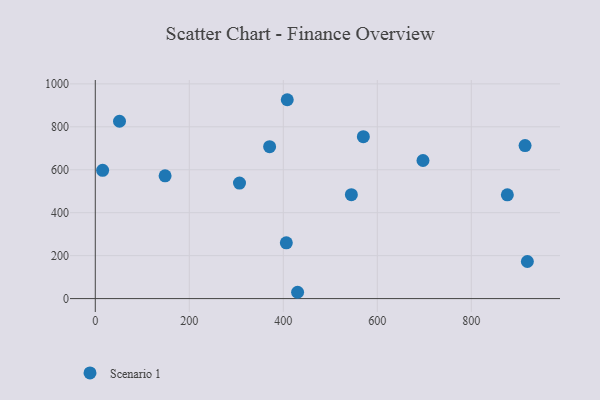
{"axis": {"x": "Ad Spend", "y": "Yield"}, "legend": ["Scenario 1"], "data": [{"x": "408.4", "y": 926.1, "type": "Scenario 1"}, {"x": "876.7", "y": 483.1, "type": "Scenario 1"}, {"x": "430.4", "y": 29.4, "type": "Scenario 1"}, {"x": "15.6", "y": 597.1, "type": "Scenario 1"}, {"x": "148.5", "y": 571.6, "type": "Scenario 1"}, {"x": "544.8", "y": 484.0, "type": "Scenario 1"}, {"x": "914.4", "y": 712.8, "type": "Scenario 1"}, {"x": "51.5", "y": 825.8, "type": "Scenario 1"}, {"x": "406.4", "y": 259.8, "type": "Scenario 1"}, {"x": "570.3", "y": 754.2, "type": "Scenario 1"}, {"x": "919.3", "y": 172.7, "type": "Scenario 1"}, {"x": "370.9", "y": 707.3, "type": "Scenario 1"}, {"x": "306.8", "y": 537.8, "type": "Scenario 1"}, {"x": "697.2", "y": 643.1, "type": "Scenario 1"}]}